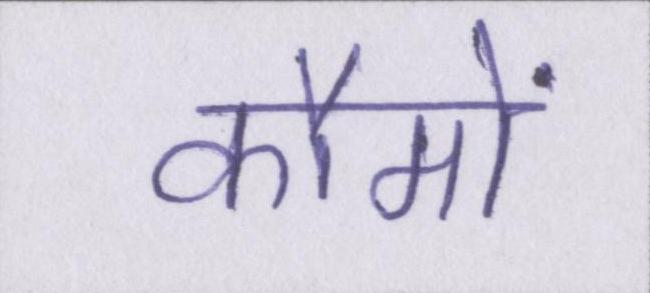
कौमों